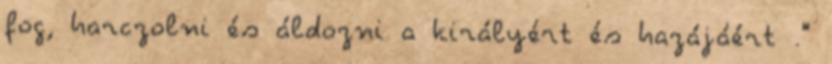
fog, harczolni és áldozni a királyért és hazájáért ."